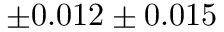
\pm 0 . 0 1 2 \pm 0 . 0 1 5